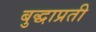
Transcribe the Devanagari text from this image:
बुद्धाप्रती